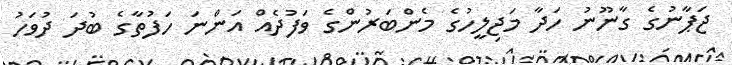
ޖަޕާނުގެ ގާނޫނު ހަދާ މަޖިލީހުގެ މެންބަރުންގެ ވަފުދެއް އަންނަ ހަފުތާގެ ބުދަ ދުވަހު